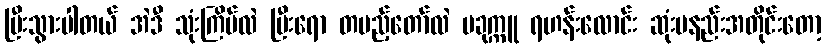
ပြီးသွားပါတယ် အဲဒီ သုံးကြိမ်လဲ ပြီးရော တပည့်တော်လဲ ပခုက္ကူ ရဟန်းလောင်း ဆုံးမနည်းအတိုင်းတော့